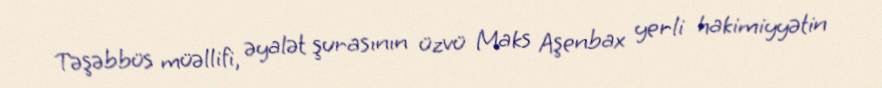
Təşəbbüs müəllifi, əyalət şurasının üzvü Maks Aşenbax yerli hakimiyyətin